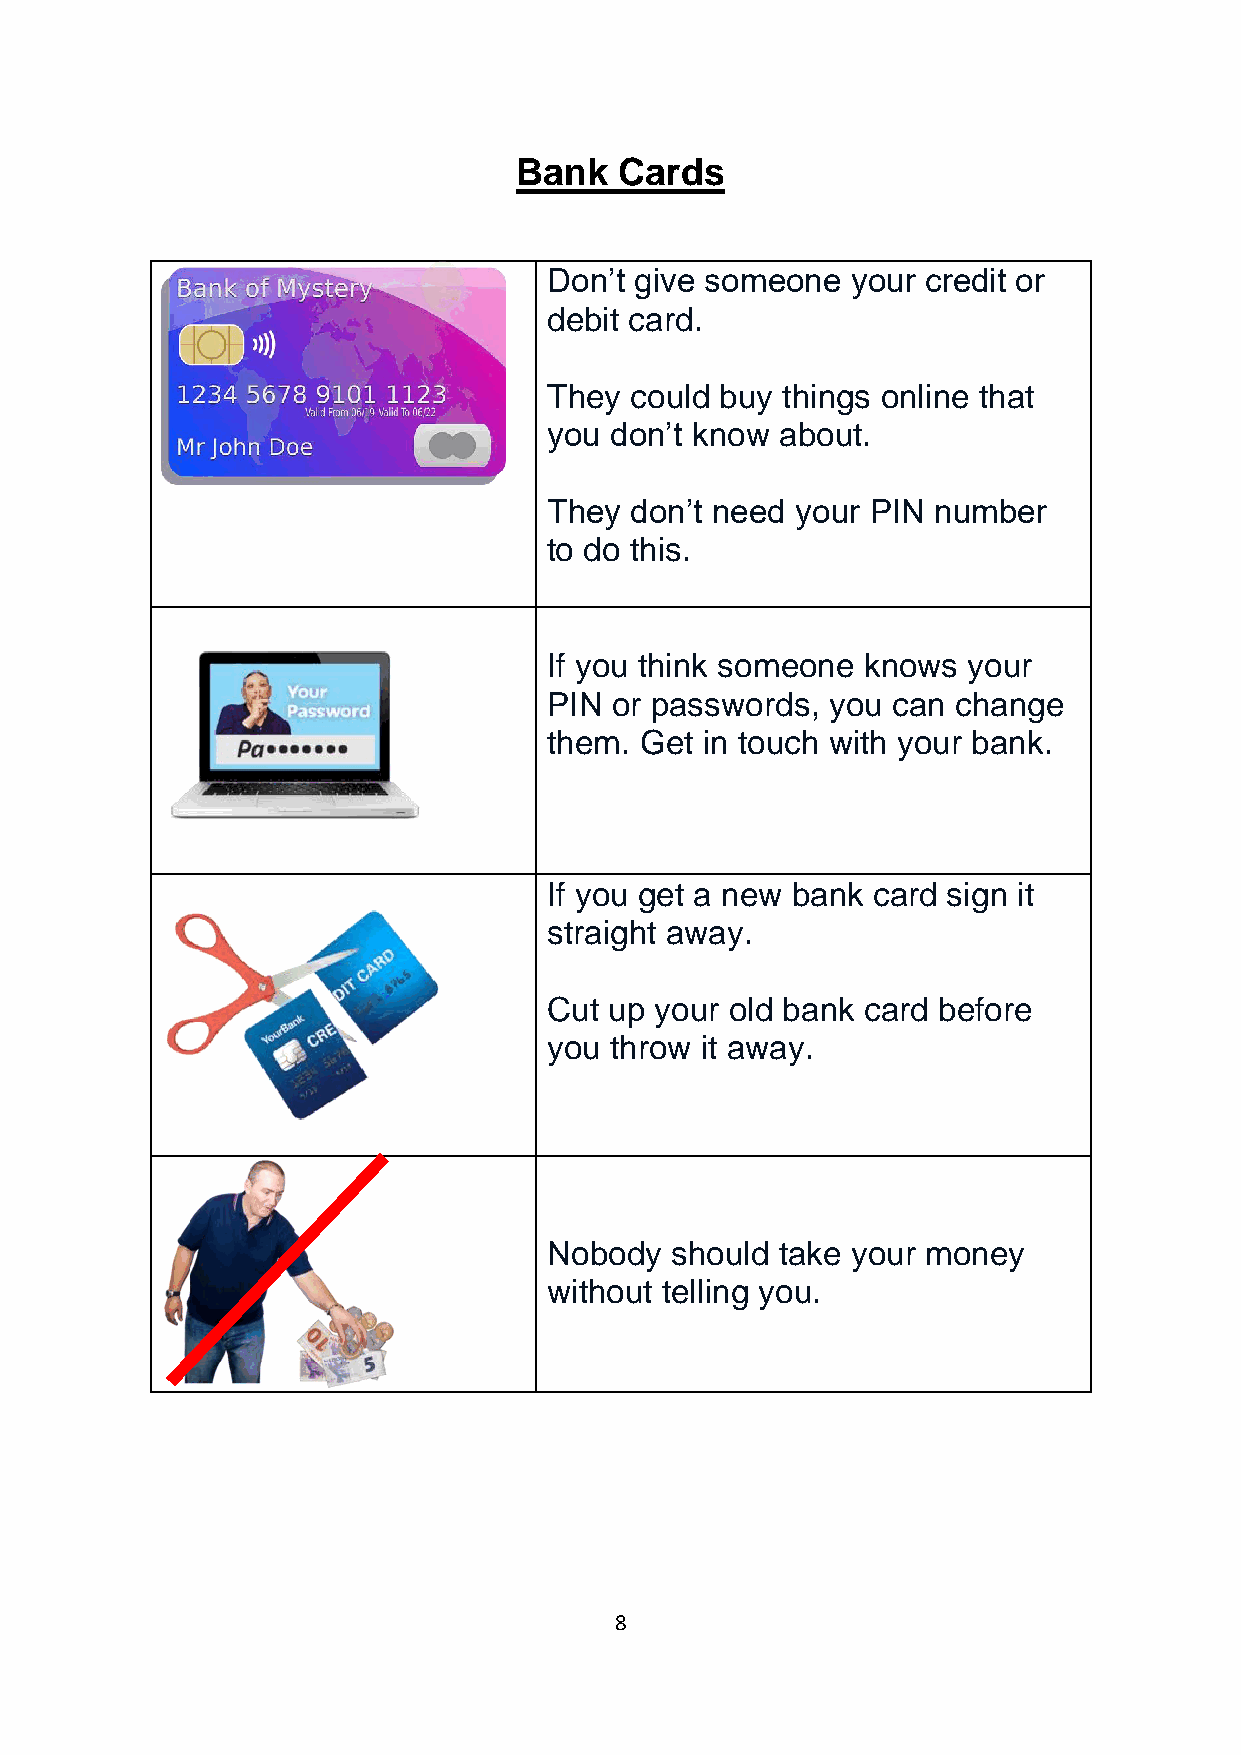
Bank   Cards
 Don’t give someone  your credit or
 debit card.
 They  could buy things online that
 you don’t know  about.
 They  don’t need your PIN number
 to do this.
 If you think someone knows  your
 PIN or passwords,  you can change
 them. Get in touch with your bank.
 If you get a new bank card sign it
 straight away.
 Cut up your old bank card before
 you throw it away.
 Nobody  should  take your money
 without telling you.
 8